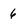
Character: 6